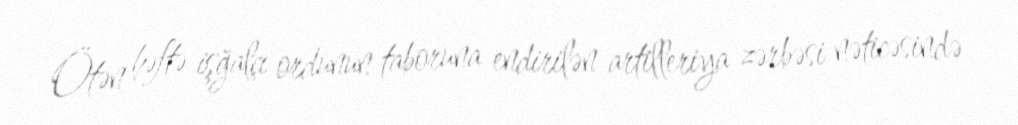
Ötən həftə işğalçı ordunun taboruna endirilən artilleriya zərbəsi nəticəsində